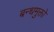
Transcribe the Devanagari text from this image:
बन्धमुक्तो